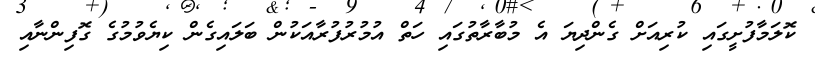
ކޮލަމާފުށީގައި ކުރިއަށް ގެންދިޔަ އެ މުބާރާތުގައި ހަތް އުމުރުފުރާއަކުން ބަލައިގެން ކިޔެވުމުގެ ގޮފިންނާއި